Report on vaccination proceedings throughout the Government of Bengal -
Year: 1868
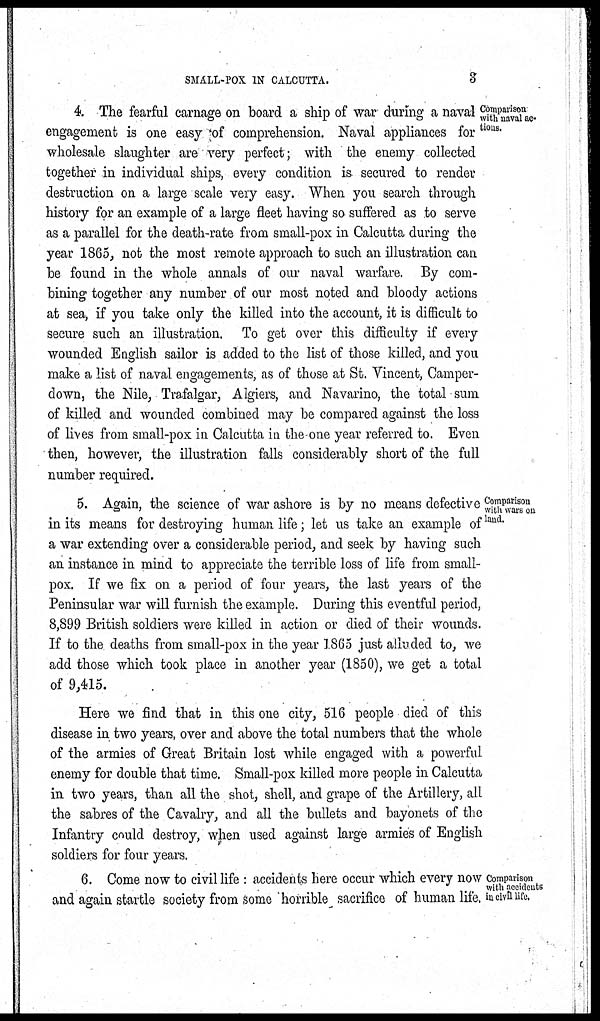
SMALL-POX IN CALCUTTA.
3
Comparison
with naval ac-
tions.
4. The fearful carnage on board a ship of war during a naval
engagement is one easy of comprehension. Naval appliances for
wholesale slaughter are very perfect; with the enemy collected
together in individual ships, every condition is secured to render
destruction on a large scale very easy. When you search through
history for an example of a large fleet having so suffered as to serve
as a parallel for the death-rate from small-pox in Calcutta during the
year 1865, not the most remote approach to such an illustration can
be found in the whole annals of our naval warfare. By com-
bining together any number of our most noted and bloody actions
at sea, if you take only the killed into the account, it is difficult to
secure such an illustration. To get over this difficulty if every
wounded English sailor is added to the list of those killed, and you
make a list of naval engagements, as of those at St. Vincent, Camper-
down, the Nile, Trafalgar, Algiers, and Navarino, the total sum
of killed and wounded combined may be compared against the loss
of lives from small-pox in Calcutta in the-one year referred to. Even
then, however, the illustration falls considerably short of the full
number required.
Comparison
with wars on
land.
5. Again, the science of war ashore is by no means defective
in its means for destroying human life; let us take an example of
a war extending over a considerable period, and seek by having such
an instance in mind to appreciate the terrible loss of life from small-
pox. If we fix on a period of four years, the last years of the
Peninsular war will furnish the example. During this eventful period,
8,899 British soldiers were killed in action or died of their wounds.
If to the deaths from small-pox in the year 1865 just alluded to, we
add those which took place in another year (1850), we get a total
of 9,415.
Here we find that in this one city, 516 people died of this
disease in two years, over and above the total numbers that the whole
of the armies of Great Britain lost while engaged with a powerful
enemy for double that time. Small-pox killed more people in Calcutta
in two years, than all the shot, shell, and grape of the Artillery, all
the sabres of the Cavalry, and all the bullets and bayonets of the
Infantry could destroy, when used against large armies of English
soldiers for four years.
Comparison
with accidents
in civil life.
6. Come now to civil life : accidents here occur which every now
and again startle society from some horrible sacrifice of human life.